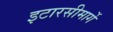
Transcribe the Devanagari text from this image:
इटारसीमार्गे